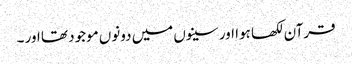
قرآن لکھا ہوا اور سینوں میں دونوں‌ موجود تھا اور ۔